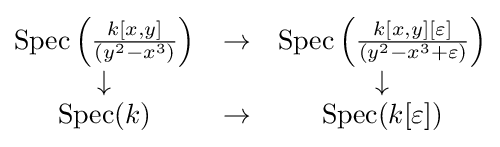
{\begin{matrix}{\text{Spec}}\left({\frac {k[x,y]}{(y^{2}-x^{3})}}\right)&\to &{\text{Spec}}\left({\frac {k[x,y][\varepsilon ]}{(y^{2}-x^{3}+\varepsilon )}}\right)\\\downarrow &&\downarrow \\{\text{Spec}}(k)&\to &{\text{Spec}}(k[\varepsilon ])\end{matrix}}